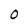
Character: 0